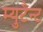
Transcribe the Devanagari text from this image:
म्युटैन्ट